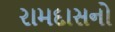
રામદાસનો